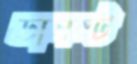
ডানস্ট